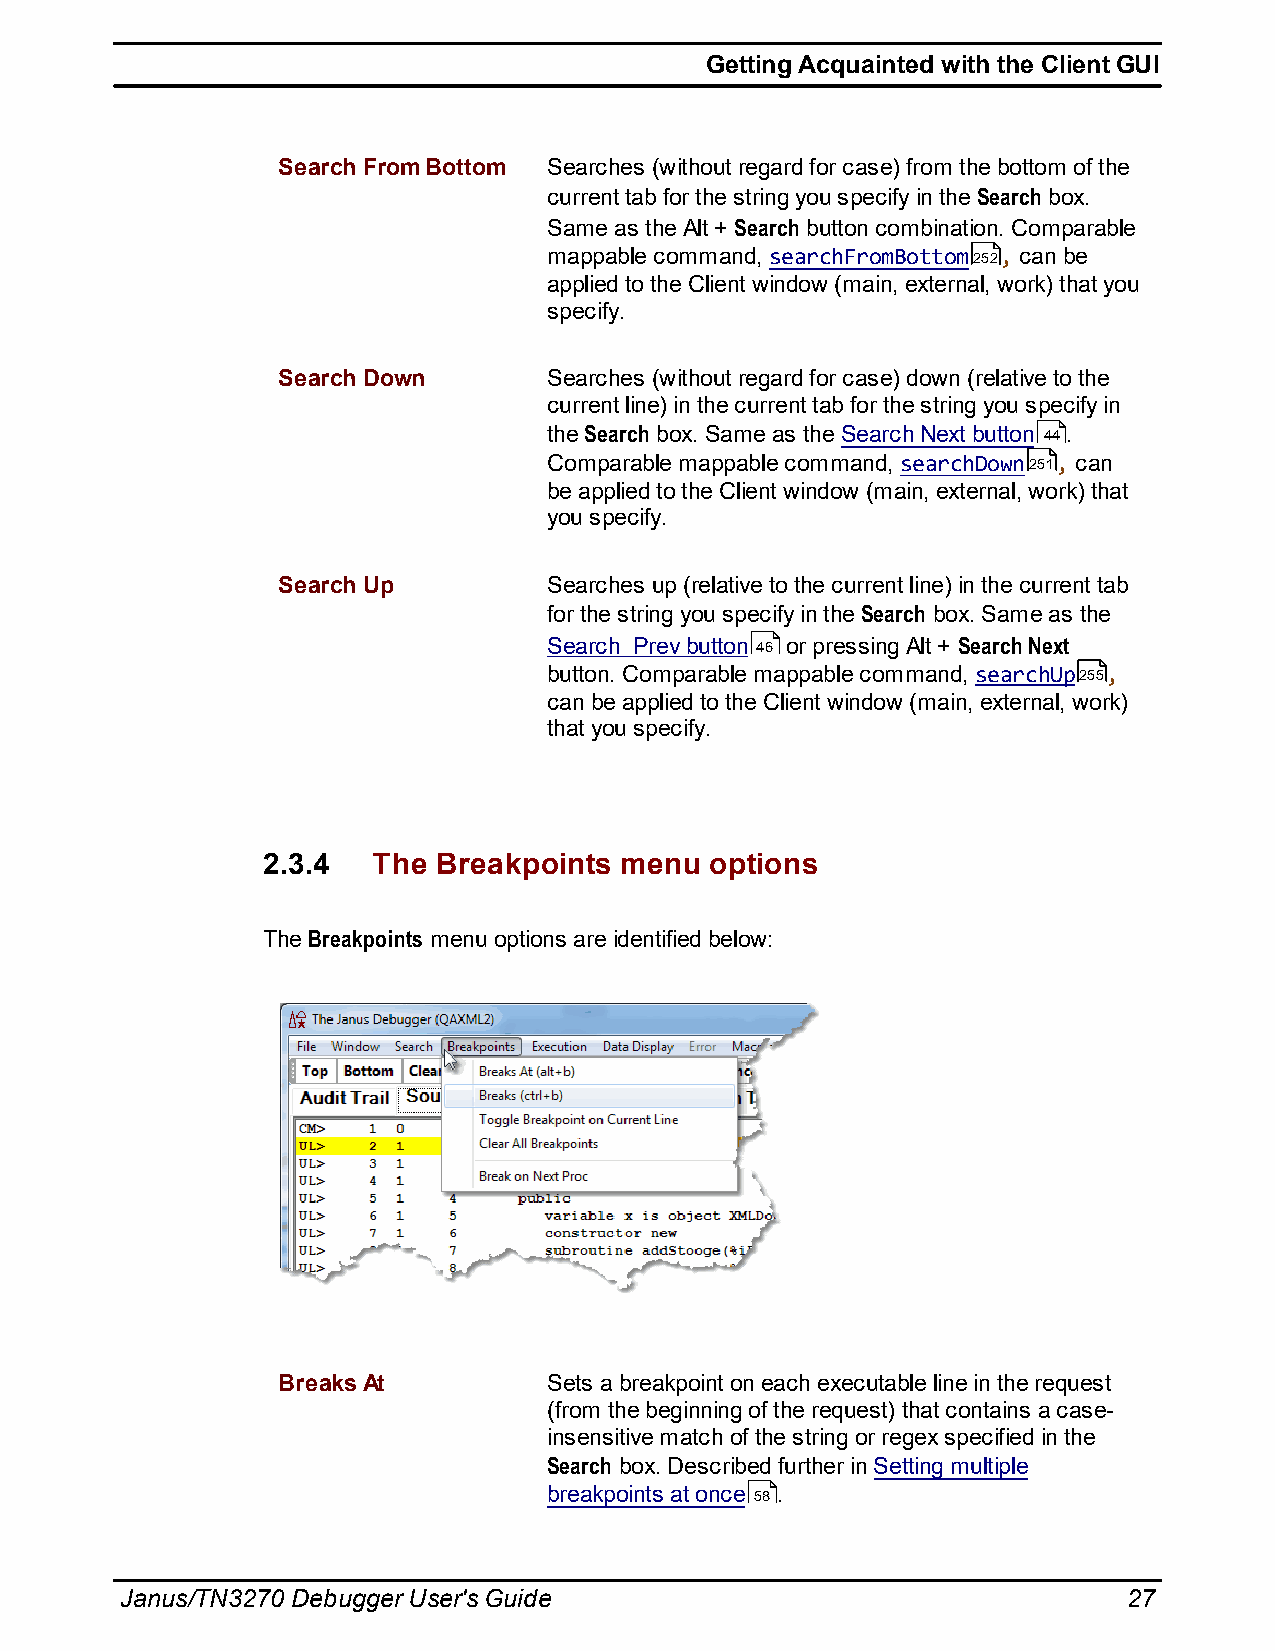
Getting Acquainted with the Client GUI
 Search From Bottom Searches (without regard for case) from the bottom of the
 current tab for the string you specify in the Search box.
 Same as the Alt + Search button combination. Comparable
 mappable command, searchFromBottom252, can be
 applied to the Client window (main, external, work) that you
 specify.
 Search Down       Searches (without regard for case) down (relative to the
 current line) in the current tab for the string you specify in
 the Search box. Same as the Search Next button 44.
 Comparable mappable command, searchDown251, can
 be applied to the Client window (main, external, work) that
 you specify.
 Search Up         Searches up (relative to the current line) in the current tab
 for the string you specify in the Search box. Same as the
 Search Prev button 46 or pressing Alt + Search Next
 button. Comparable mappable command, searchUp255,
 can be applied to the Client window (main, external, work)
 that you specify.
 2.3.4   The Breakpoints menu  options
 The Breakpoints menu options are identified below:
 Breaks At         Sets a breakpoint on each executable line in the request
 (from the beginning of the request) that contains a case-
 insensitive match of the string or regex specified in the
 Search box. Described further in Setting multiple
 breakpoints at once 58.
 Janus/TN3270 Debugger User's Guide                                 27